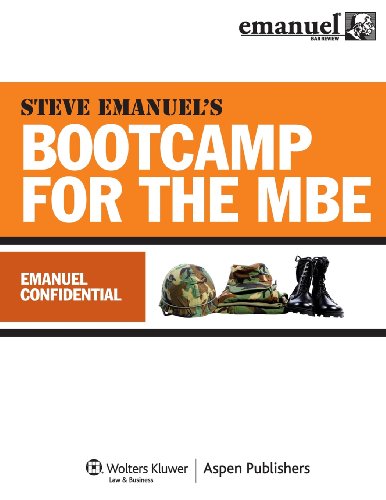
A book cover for Steve Emanuels Bootcamp for the MBE; Steven Emanuel; Test Preparation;